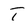
Character: T